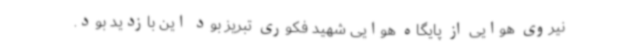
نیروی هوایی از پایگاه هوایی شهید فکوری تبریز بود این بازدید بود.